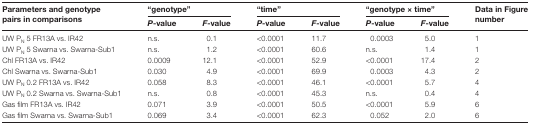
<table><thead><tr><td rowspan="2"><b>Parameters and genotype pairs in comparisons</b></td><td colspan="2"><b>“genotype”</b></td><td colspan="2"><b>“time”</b></td><td colspan="2"><b>“genotype × time”</b></td><td rowspan="2"><b>Data in Figure number</b></td></tr><tr><td><b><i>P</i>-value</b></td><td><b><i>F</i>-value</b></td><td><b><i>P</i>-value</b></td><td><b><i>F</i>-value</b></td><td><b><i>P</i>-value</b></td><td><b><i>F</i>-value</b></td></tr></thead><tbody><tr><td>UW P<sub>N</sub> 5 FR13A vs. IR42</td><td>n.s.</td><td> 0.1</td><td>&lt;0.0001</td><td>11.7</td><td>0.0003</td><td> 5.0</td><td>1</td></tr><tr><td>UW P<sub>N</sub> 5 Swarna vs. Swarna-Sub1</td><td>n.s.</td><td> 1.2</td><td>&lt;0.0001</td><td>60.6</td><td>n.s.</td><td> 1.4</td><td>1</td></tr><tr><td>Chl FR13A vs. IR42</td><td>0.0009</td><td>12.1</td><td>&lt;0.0001</td><td>52.9</td><td>&lt;0.0001</td><td>17.4</td><td>2</td></tr><tr><td>Chl Swarna vs. Swarna-Sub1</td><td>0.030</td><td> 4.9</td><td>&lt;0.0001</td><td>69.9</td><td>0.0003</td><td> 4.3</td><td>2</td></tr><tr><td>UW P<sub>N</sub> 0.2 FR13A vs. IR42</td><td>0.058</td><td> 8.3</td><td>&lt;0.0001</td><td>46.1</td><td>&lt;0.0001</td><td> 5.7</td><td>4</td></tr><tr><td>UW P<sub>N</sub> 0.2 Swarna vs. Swarna-Sub1</td><td>n.s.</td><td> 0.8</td><td>&lt;0.0001</td><td>45.3</td><td>n.s.</td><td> 0.4</td><td>4</td></tr><tr><td>Gas film FR13A vs. IR42</td><td>0.071</td><td> 3.9</td><td>&lt;0.0001</td><td>50.5</td><td>&lt;0.0001</td><td> 5.9</td><td>6</td></tr><tr><td>Gas film Swarna vs. Swarna-Sub1</td><td>0.069</td><td> 3.4</td><td>&lt;0.0001</td><td>62.3</td><td>0.052</td><td> 2.0</td><td>6</td></tr></tbody></table>